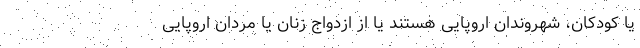
یا کودکان، شهروندان اروپایی هستند یا از ازدواج زنان یا مردان اروپایی